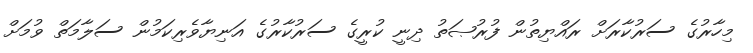
މިހާރުގެ ސަރުކާރަށް ރައްޔިތުން ފުރުޞަތު ދިނީ ކުރީގެ ސަރުކާރުގެ އަނިޔާވެރިކަމުން ސަލާމަތް ވުމަށް